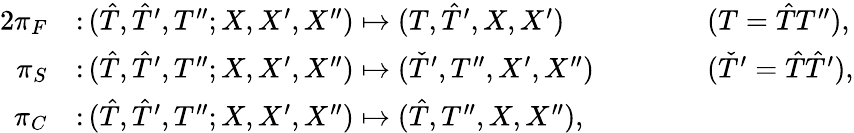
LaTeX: \begin{array}{rlrl}{{2}\pi_{F}}&{\colon(\hat{T},\hat{T}^{\prime},T^{\prime\prime};X,X^{\prime},X^{\prime\prime})\mapsto(T,\hat{T}^{\prime},X,X^{\prime})}&&{\qquad(T=\hat{T}T^{\prime\prime}),}\\ {\pi_{S}}&{\colon(\hat{T},\hat{T}^{\prime},T^{\prime\prime};X,X^{\prime},X^{\prime\prime})\mapsto(\check{T}^{\prime},T^{\prime\prime},X^{\prime},X^{\prime\prime})}&&{\qquad(\check{T}^{\prime}=\hat{T}\hat{T}^{\prime}),}\\ {\pi_{C}}&{\colon(\hat{T},\hat{T}^{\prime},T^{\prime\prime};X,X^{\prime},X^{\prime\prime})\mapsto(\hat{T},T^{\prime\prime},X,X^{\prime\prime}),}&&{}\end{array}